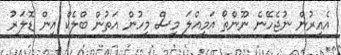
އެއިރުން ނުޖެހޭނެ ނޫންތޯ އަމިއްލަ މީސް މީހުން އަތުން ބްލެކް އިން ޑޮލަރު